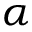
\alpha